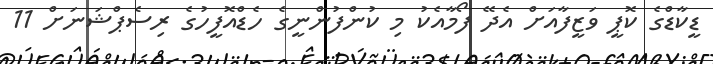
ޑީކާޑްގެ ކޮޕީ ވަޒީފާއަށް އެދޭ ފޯމާއެކު މި ކުންފުންނީގެ ހެޑްއޮފީހުގެ ރިސެޕްޝަނަށް 11